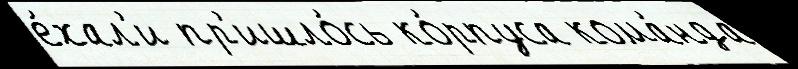
е́хал'и пр'ишло́сь ко́рпуса кома́нда